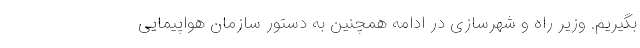
بگیریم. وزیر راه و شهرسازی در ادامه همچنین به دستور سازمان هواپیمایی